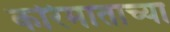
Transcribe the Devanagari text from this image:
करिमाताच्या